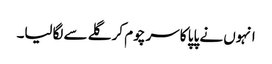
انہوں نے پاپا کا سر چوم کر گلے سے لگالیا۔